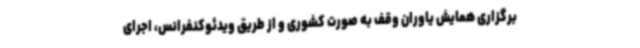
برگزاری همایش یاوران وقف به صورت کشوری و از طریق ویدئوکنفرانس، اجرای